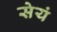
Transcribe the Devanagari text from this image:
सेयं